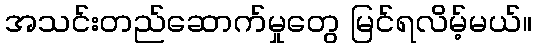
အသင်းတည်ဆောက်မှုတွေ မြင်ရလိမ့်မယ်။